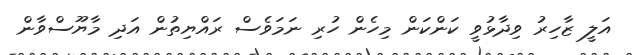
އަލީ ޒާހިރު ވިދާޅުވީ ކަންކަން މިހެން ހުރި ނަމަވެސް ރައްޔިތުން އަދި މާޔޫސްވާން